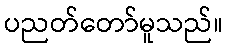
ပညတ်တော်မူသည်။